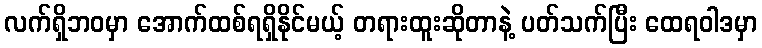
လက်ရှိဘဝမှာ အောက်ထစ်ရရှိနိုင်မယ့် တရားထူးဆိုတာနဲ့ ပတ်သက်ပြီး ထေရဝါဒမှာ